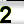
Digit: 2